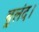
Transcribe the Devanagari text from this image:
बुलंद।